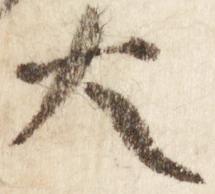
大